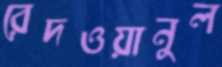
রেদওয়ানুল